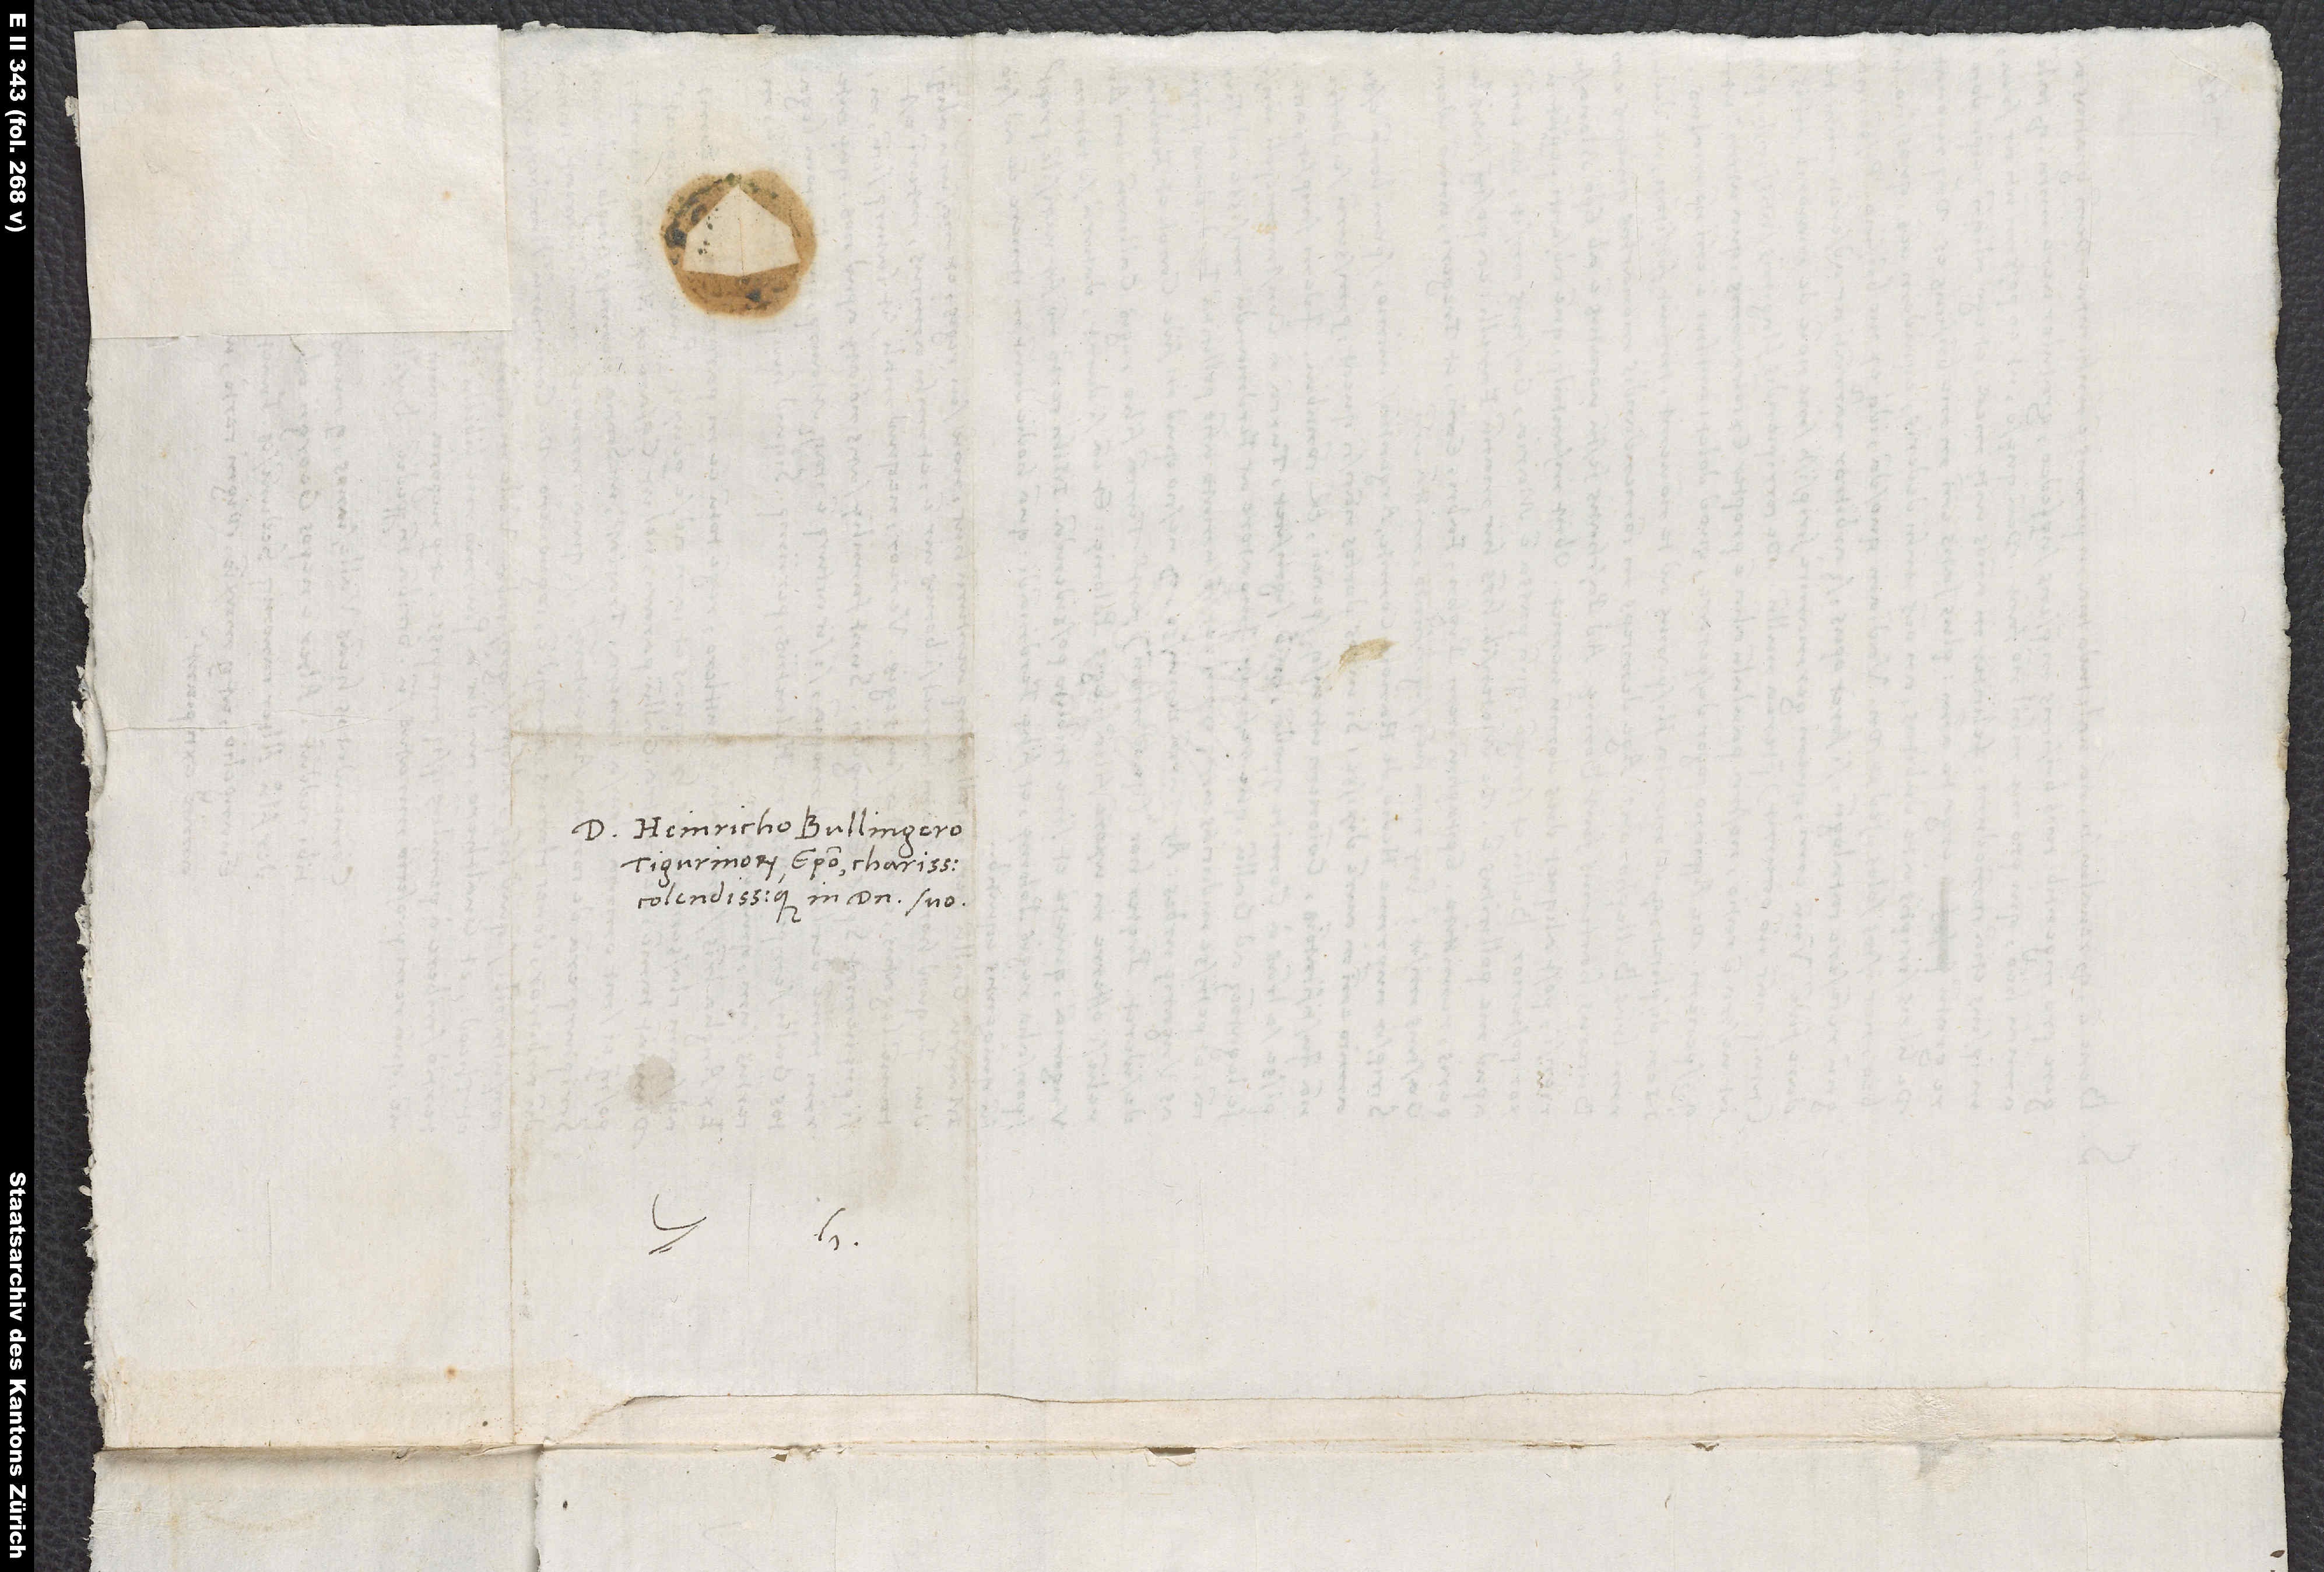
S.

D. Heinricho Bullingero,
Tigurinorum episcopo, charissimo
colendissimoque in domino suo.